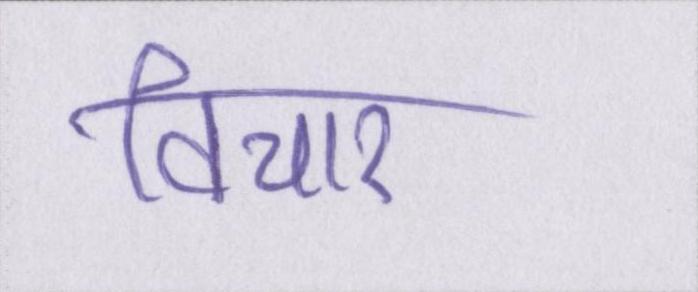
विचार